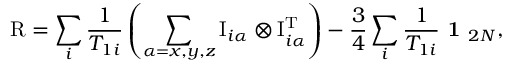
\mathrm { R } = \sum _ { i } \frac { 1 } { T _ { 1 i } } \left( \sum _ { \alpha = x , y , z } \mathrm { I } _ { i \alpha } \otimes \mathrm { I } _ { i \alpha } ^ { \mathrm T } \right) - \frac { 3 } { 4 } \sum _ { i } \frac { 1 } { T _ { 1 i } } \textbf { 1 } _ { 2 N } ,